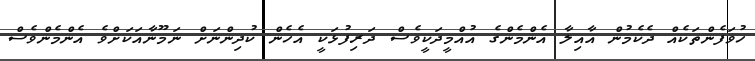
ހުވަފެންތަކެއް ދެކެމުން އާއިލާ އެންމެންގެ އުއްމީދަކީވެސް ދަރިފުޅަކީ އެހެން ކުދިންނަށް ނަމޫނާއަކަށްވެ އެންމެންވެސް